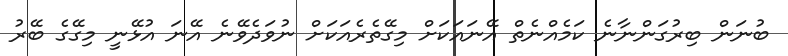
ބުނަން ބިރުގަންނާނެ ކަމެއްނެތް އޭނައަކަށް މިގޭތެރެއަކަށް ނުވަދެވޭނެ އޭނަ އުޅޭނީ މިގޭގެ ބޭރު